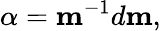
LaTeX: {\mathbf\alpha}={\mathbf m}^{-1}d{\mathbf m},